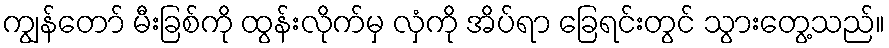
ကျွန်တော် မီးခြစ်ကို ထွန်းလိုက်မှ လှံကို အိပ်ရာ ခြေရင်းတွင် သွားတွေ့သည်။